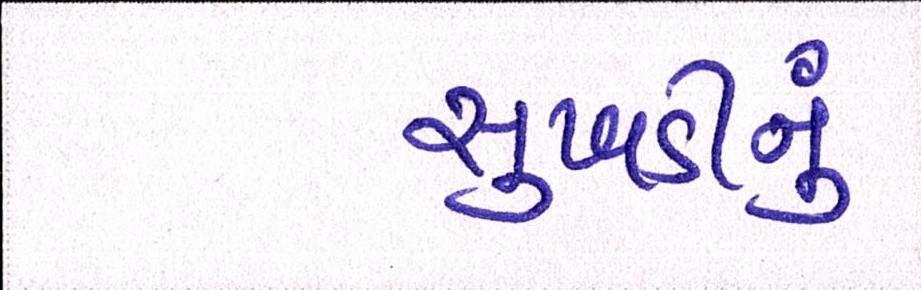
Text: સુખડીનું